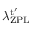
{ \lambda _ { \mathrm { Z P L } } ^ { \mathrm { t } ^ { \prime } } }